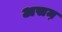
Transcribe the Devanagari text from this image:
असम़